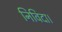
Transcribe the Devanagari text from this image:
निविदा।